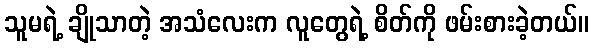
သူမရဲ့ ချိုသာတဲ့ အသံလေးက လူတွေရဲ့ စိတ်ကို ဖမ်းစားခဲ့တယ်။